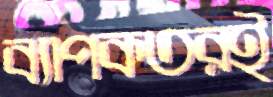
ব্যাপকতরই